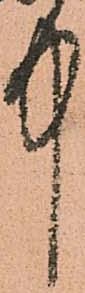
中